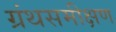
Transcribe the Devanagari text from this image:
ग्रंथसमीक्षण